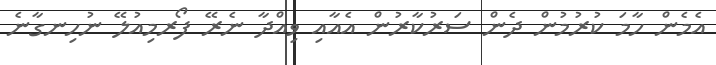
އެމެން ހާމަ ކުރުމުން ދެން ސަރުކާރުން އެއާއި ވިއްދާ ނެރޭ ފޯރމިއުލޭ ނުހިނގާނެ